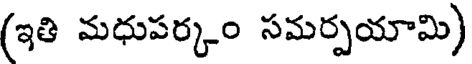
(ఇతి మధుపర్కం సమర్పయామి)